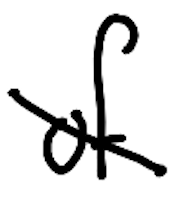
Text: of
Cross-out: diagonal
Writing tool: digital_black